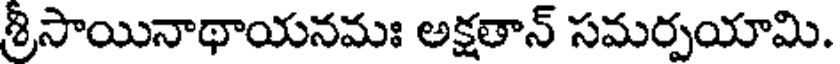
శ్రీసాయినాథాయనమః అక్షతాన్ సమర్పయామి.